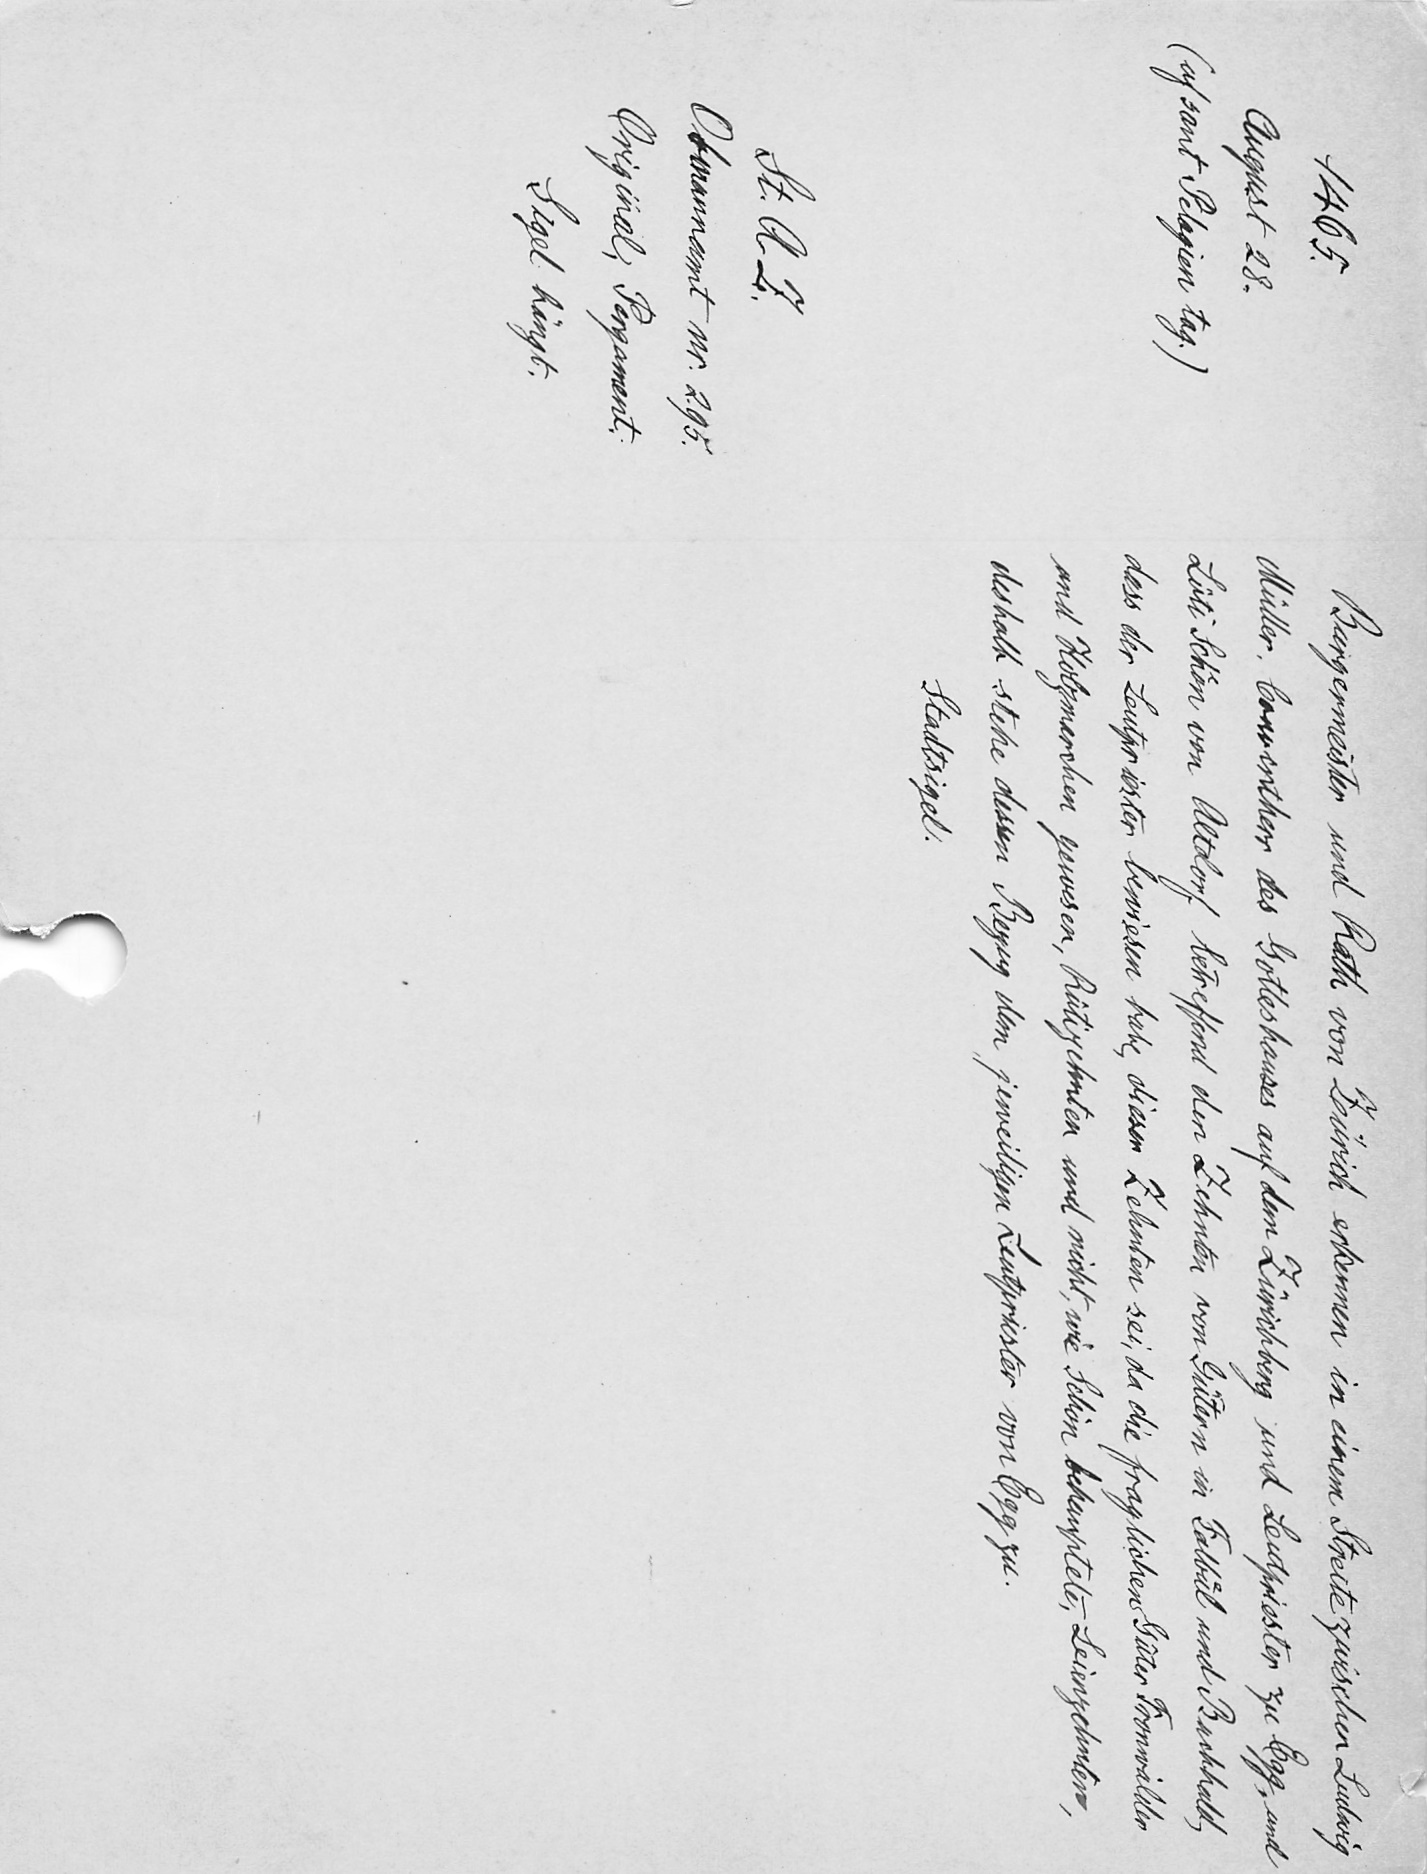
Bürgermeister und Rath von Zürich erkennen in einem Streite zwischen Ludwig
Müller, Conventherr des Gotteshauses auf dem Zürichberg und Leutpriester zu Egg, und
Lüti Schoͤn von Altdorf betreffend den Zehnten von Gütern in Falbuͤl und Burkhald,
dass der Leutpriester bewiesen habe dieser Zehnten sei, da die fraglichen Güter Fronwälder
und Holzmarchen gewesen, Rütizehnten und nicht, wie Schön behauptete, Leienzehnten,
deshalb stehe dessen Bezug dem jeweiligen Leutpriester von Egg zu.
Stadtsigel.

1465.
August 28.
(uf sant Pelagien tag.)
St. A Z
Obmannamt nr. 295.
Original, Pergament.
Sigel hängt.